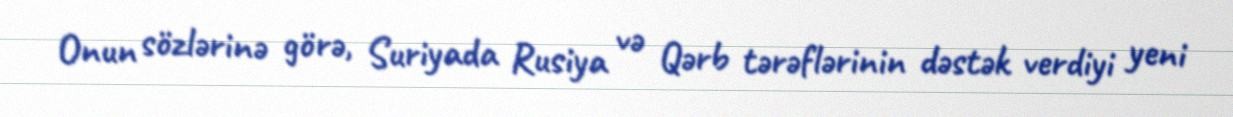
Onun sözlərinə görə, Suriyada Rusiya və Qərb tərəflərinin dəstək verdiyi yeni